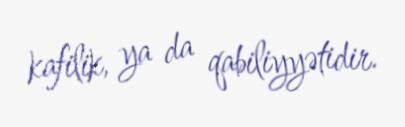
kafilik, ya da qabiliyyətidir.